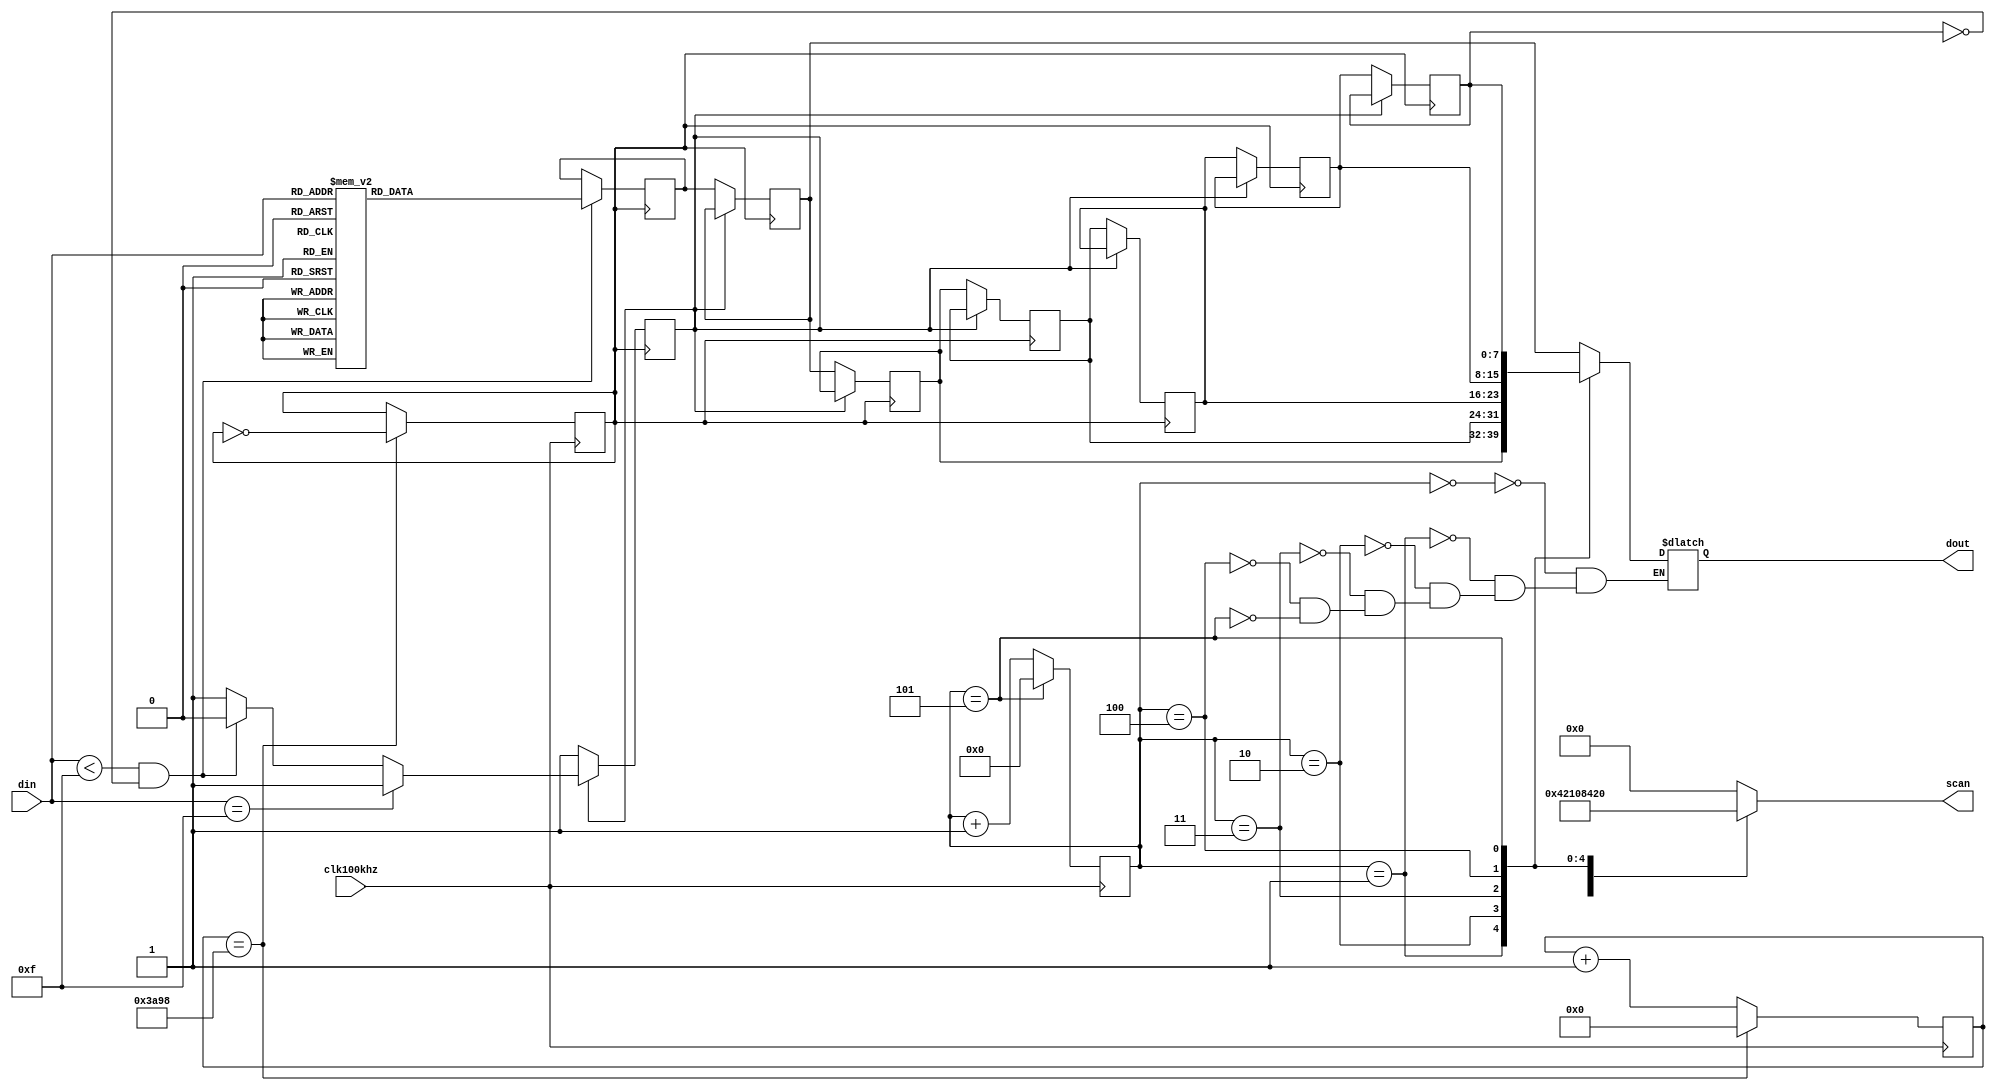
module jp(clk100khz,din,scan,dout);
input clk100khz;
input [3:0] din;
output [7:0] dout;
output [5:0] scan;
reg[7:0] dout;
reg[5:0] scan;
reg[3:0] cnt,s;
reg[7:0] temp,led1,led2,led3,led4,led5,led6;
reg flag,clk1;
reg[25:0] count;

always@(posedge clk100khz)
    begin
	  if(count=='d15000)
		  begin clk1=~clk1;count<=0;end
	  else
		  begin count<=count+1'b1;end
	end

always@(posedge clk1)
	begin
		if(din[3:0]<4'b1111 && led6==6'b00)begin flag<=0; //led6==0led6!=06
				case(din[3:0])
			4'b1110:begin temp[7:0]<=8'b00000110; end
			4'b1101:begin temp[7:0]<=8'b01011011; end
			4'b1011:begin temp[7:0]<=8'b01001111;
end
			4'b0111:begin temp[7:0]<=8'b01100110; end
			4'b1100:begin temp[7:0]<=8'b01101101; end
			4'b1010:begin temp[7:0]<=8'b01111101; end
			4'b0110:begin temp[7:0]<=8'b00000111; end
			4'b1001:begin temp[7:0]<=8'b01111111; end
			default:begin temp[7:0]<=8'b00000000; end
	endcase
			end
	if(flag==0)	begin flag<=1; //if(flag==0)if(flag==0&&led6==6'b0)6
		led6<=led5;led5<=led4;led4<=led3;led3<=led2;led2<=led1;led1<=temp;
			end
	else if(din[3:0]==4'b1111)begin flag<=1; end
		end
		
	always@(posedge clk100khz)
	 begin
	  if(cnt==3'b101)
		begin cnt<=0; end
	  else
		begin cnt<=cnt+1; end
	end
	
	always@(cnt)
	 begin
		case(cnt)
			3'b000:begin scan<=6'b000001;dout[7:0]<=led1;end
			3'b001:begin scan<=6'b000010;dout[7:0]<=led2;end
			3'b010:begin scan<=6'b000100;dout[7:0]<=led3;end
			3'b011:begin scan<=6'b001000;dout[7:0]<=led4;end
			3'b100:begin scan<=6'b010000;dout[7:0]<=led5;end
			3'b101:begin scan<=6'b100000;dout[7:0]<=led6;end
			default:begin scan<=6'b000000;end
			endcase
		end
endmodule